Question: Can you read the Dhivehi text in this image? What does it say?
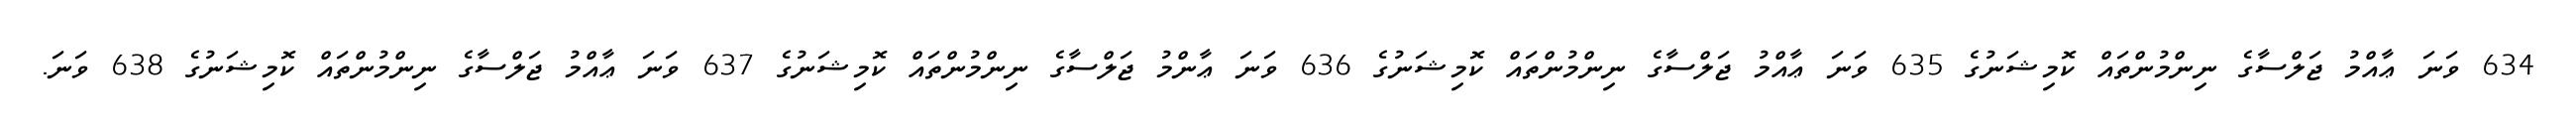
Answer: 634 ވަނަ ޢާއްމު ޖަލްސާގެ ނިންމުންތައް ކޮމިޝަނުގެ 635 ވަނަ ޢާއްމު ޖަލްސާގެ ނިންމުންތައް ކޮމިޝަނުގެ 636 ވަނަ ޢާންމު ޖަލްސާގެ ނިންމުންތައް ކޮމިޝަނުގެ 637 ވަނަ ޢާއްމު ޖަލްސާގެ ނިންމުންތައް ކޮމިޝަނުގެ 638 ވަނަ.